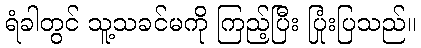
ရံခါတွင် သူ့သခင်မကို ကြည့်ပြီး ပြုံးပြသည်။